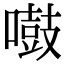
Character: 𠿤